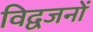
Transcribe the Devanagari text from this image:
विद्वजनों